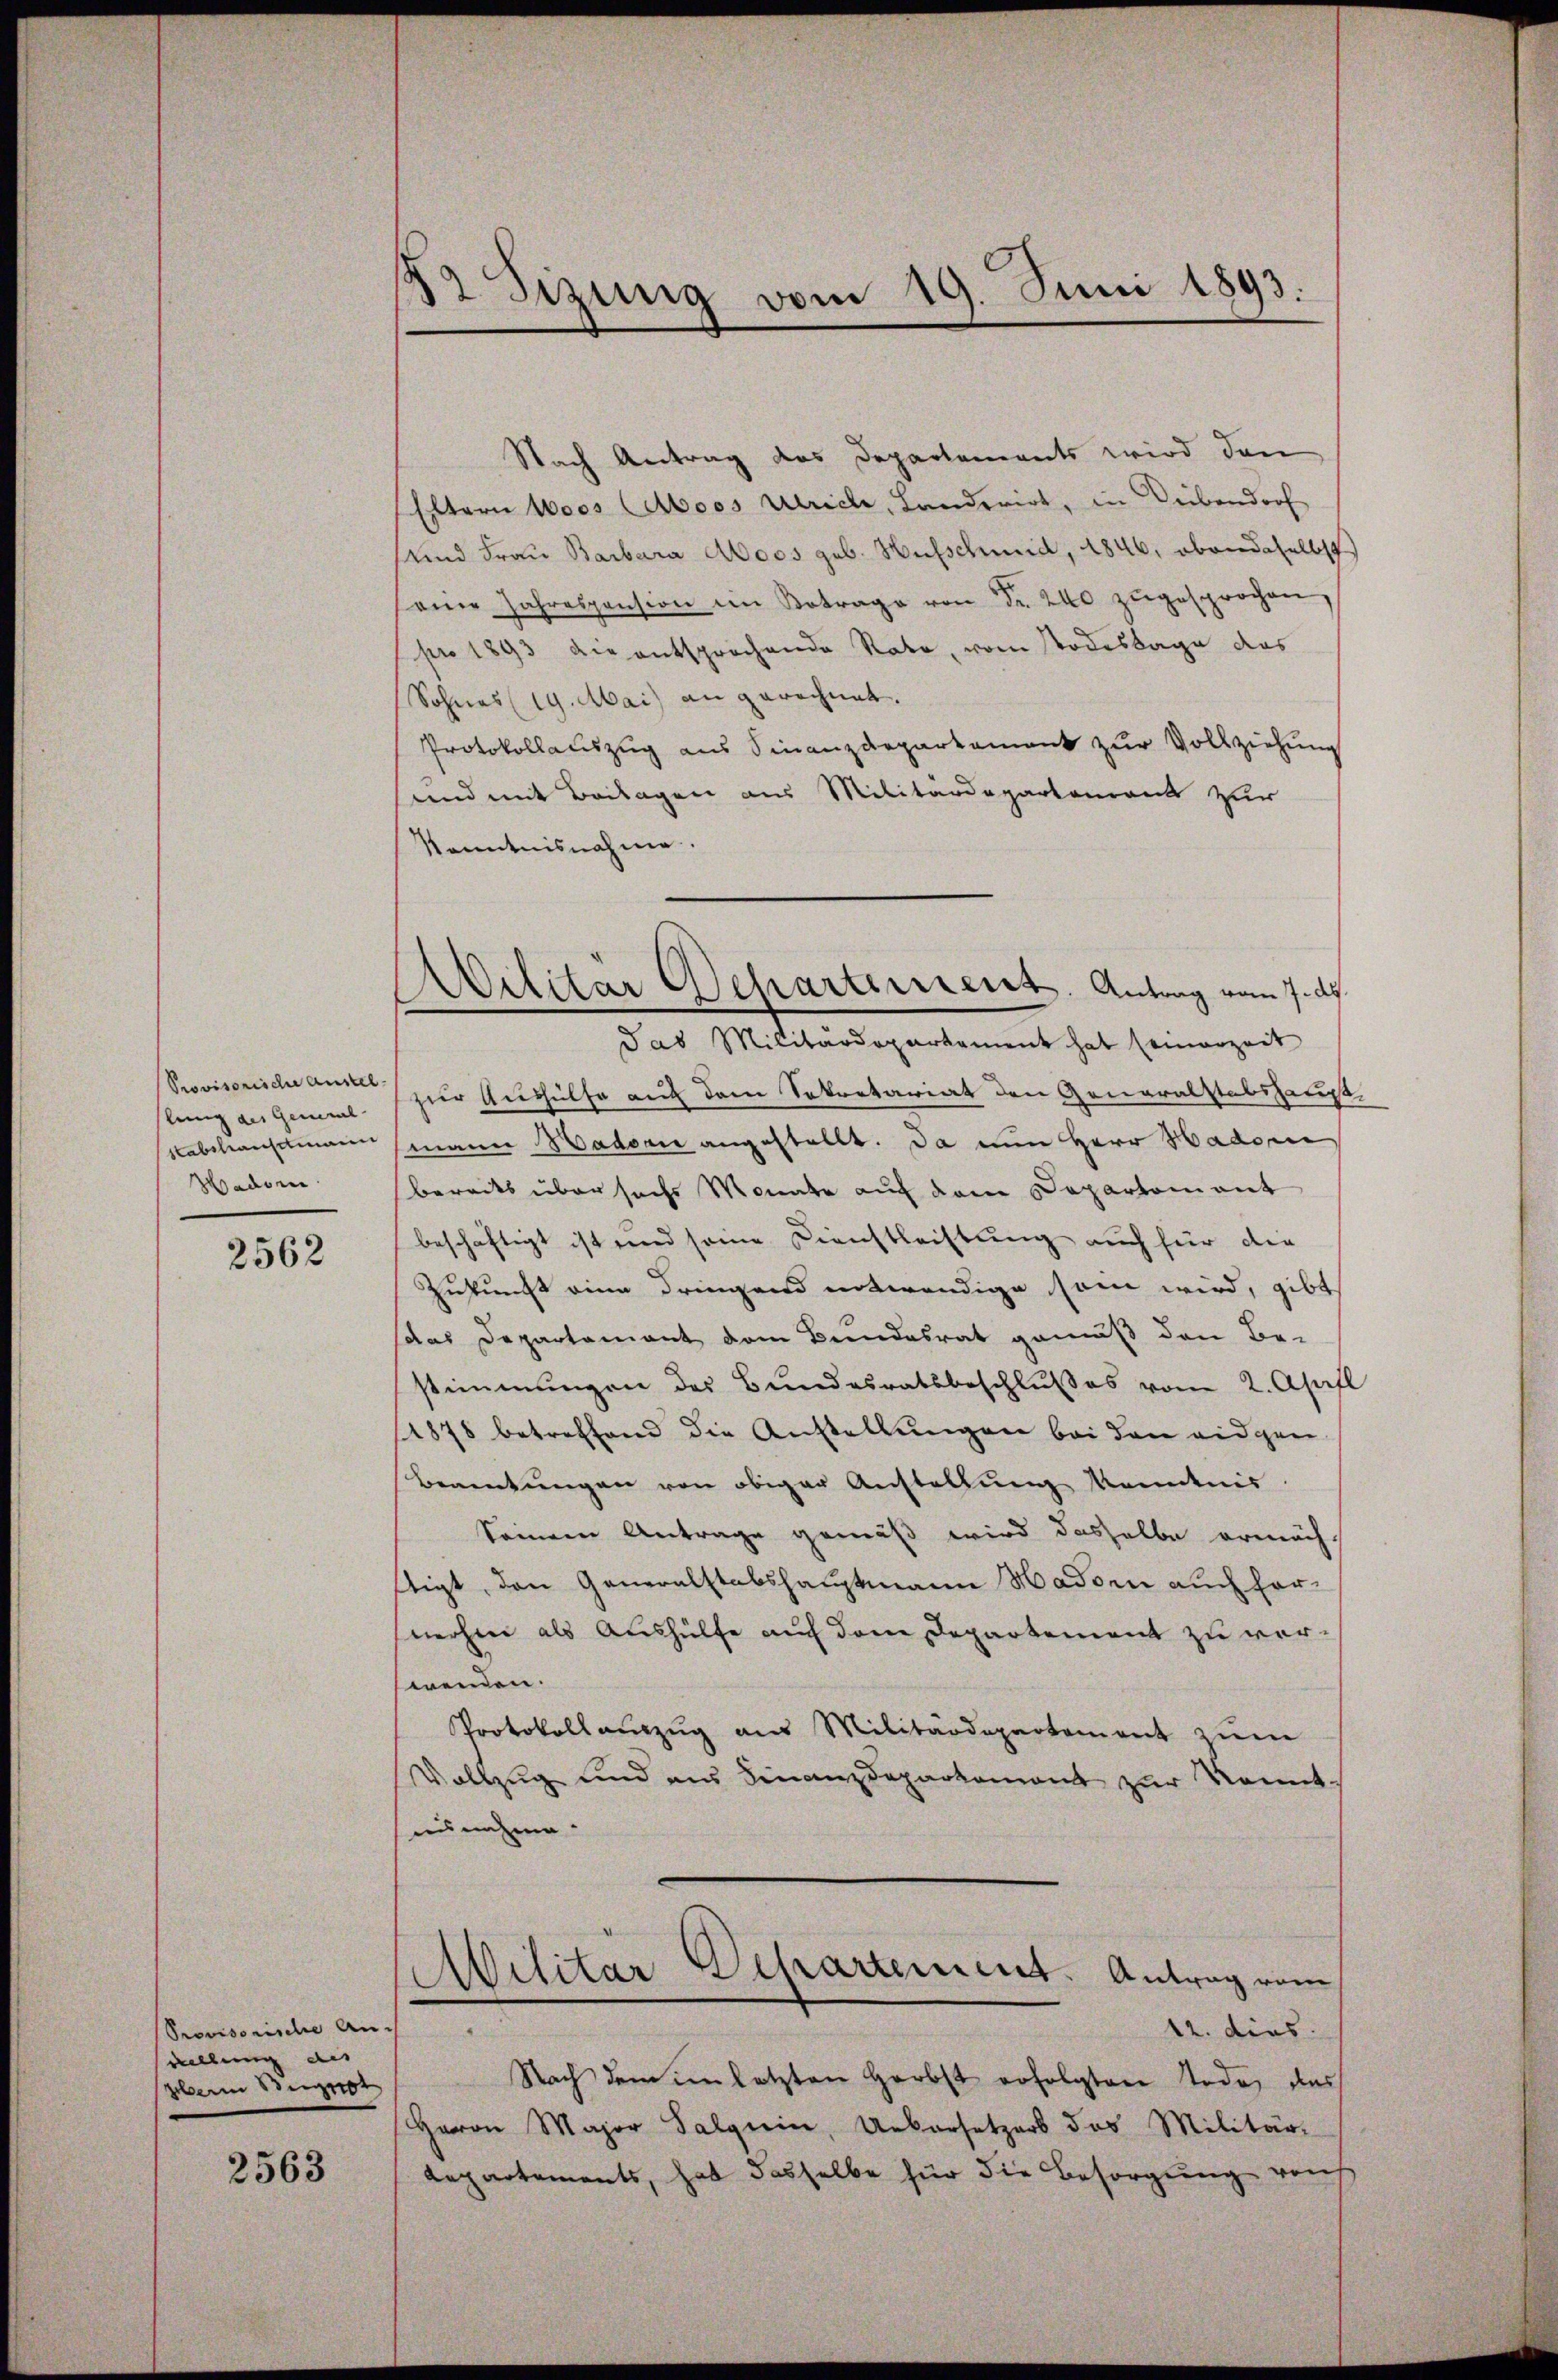
Provisorische Austel
lung des General
Stabshaustinari
Wador

2562

Provisorische Anwellung des
Germ Bet

2563

82 Sizung vom 19. Juni 1893.

Militär Departement. Antrag vom 7. d.

Nach Antrag des Departements wird den
Eltern 1000s (Aboos verich, Landerirt, in Leibendorf
Und Frau Barbara Moos geb. Hufschmid, 1846, ebendaselbst
sene Jahrespension im Betrage von Fr. 240 zŭgesprochen,
pro 1893 die entsprochende Rate, vom Todestage das
(Sohnes (19. Mai) an gerechnet.
Protokollauszug aus Finanzdepartement zur Vollziehung
und mit Beilagen aus Militärdepartenants zur
Kenntnisnahme.
Jas Militärdeparkament hat seinerzeit
zur Aushülfe auch dem Sekretariat den Generalstabshaupt
mann Hadorn angestellt. Da nun Herr Hador
bereits über sechs Monate auf dem Departomant
beschäftigt ist und seine Dienstleistung auch für die
Zukunft eine dringend entwendige sei wird, gibt
das Departament dem Bundesrat gemäß den Be-
stimmungen des Bundesratsbeschlußes vom 2. April
1878 betreffend die Anstellŭngen bei den eidgen.
Beamtŭngen von obiger Anstellŭng kanntnis.
Seinern Antrage gemäß wird dasselbe ermächt
ftigt, den Generalstabshauptmann Hadorn auch hernechen als Aushülfe auf dem Departement zu verwenden.
Protokoll aŭszŭg ans Militärdepartement zŭm
Vollzug und aus Finanzdepartement zur Kennt-
ausnahme
Militär Departement. Antrag vom
12. dies
Nach dem in letzten Herbst erfolgten Tode, das
Herrn Major Salgrin, Uebersetzers das Militär-
Repartements, hat dasselbe für die Besorgung reich